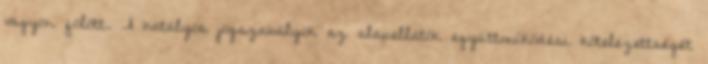
vagyon fölött. A hatályos jogszabályok az alapellátók együttműködési kötelezettségét